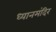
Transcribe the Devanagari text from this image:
ध्यानमंदिर